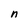
Character: n